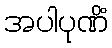
အပါပုဏိံ